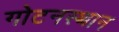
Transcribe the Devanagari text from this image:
गोटनस्थान